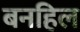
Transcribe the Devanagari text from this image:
बनहिल